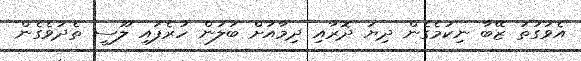
އެވަގުތު ޒޭބާ ނިކުމެގެން ދިޔަ ދޮރާއި ދިމާއަށް ބަލަން ހުރެފައި ލޫސީ ތެދުވެގެން